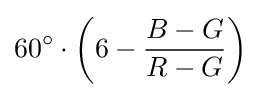
60^{\circ }\cdot \left(6-{\frac {B-G}{R-G}}\right)